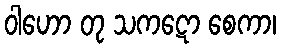
ဝါဟော တု သကဋော စေကာ၊